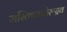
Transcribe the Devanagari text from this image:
मस्तिष्कमेरूद्रव